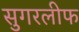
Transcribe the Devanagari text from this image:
सुगरलीफ